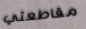
مقاطعتي